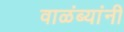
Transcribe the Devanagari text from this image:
वाळंब्यांनी